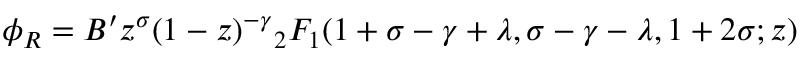
\phi _ { R } = B ^ { \prime } z ^ { \sigma } ( 1 - z ) ^ { - \gamma } { _ 2 F _ { 1 } } ( 1 + \sigma - \gamma + \lambda , \sigma - \gamma - \lambda , 1 + 2 \sigma ; z )